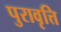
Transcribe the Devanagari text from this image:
पुरावृत्ति